Sanitation, dispensaries and jails vaccination Rajputana 1922-1927 - 1922-1927
Year: 1922
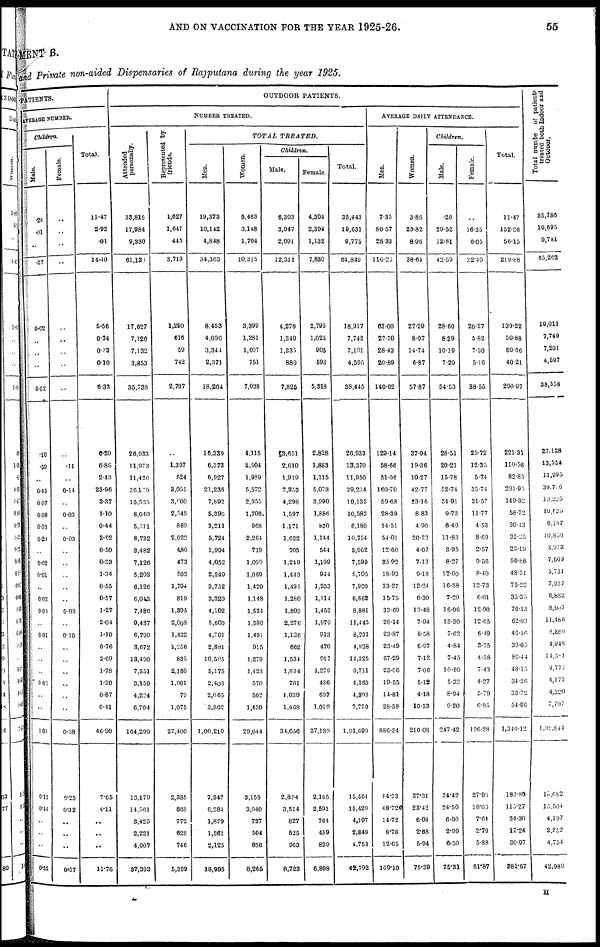
AND ON VACCINATION FOR THE YEAR 1925-26.
55
MENT B.
and private non-aided Dispensaries of Rajputana during the year 1925.
PATIENTS.
AVERAGE NUMBER.
Children.
Male
.26
.01
..
.27
0.02
..
..
..
0.02
.10
.59
..
0.45
0.07
0.08
0.03
0.24
..
0.02
0.01
..
0.03
0.01
..
0.01
..
..
..
0.03
..
..
1.01
0.11
0.44
..
..
..
0.55
Female.
..
..
..
..
..
..
..
..
..
..
.11
..
0.14
..
0.03
..
0.03
..
..
..
..
..
0.08
..
0.10
..
..
..
..
..
..
0.38
0.25
0.32
..
..
..
0.57
Total.
11.47
2.92
.01
14.40
5.56
0.34
0.33
0.10
6.33
6.20
6.86
2.43
23.96
3.37
1.10
0.44
2.62
0.50
0.33
1.34
0.55
0.57
1.27
2.04
1.10
0.76
2.69
1.78
1.20
0.87
0.41
46.90
7.65
4.11
..
..
..
11.76
OUTDOOR PATIENTS.
NUMBER TREATED.
Attended
personally.
33,816
17,984
9,330
61,130
17,627
7,126
7,132
3,853
35,738
26,033
11,973
11,420
30,179
15,535
8,040
5,311
8,732
3,482
7,120
5,203
6,126
6,043
7,486
9,437
6,799
3,672
13,490
7,551
3,159
4,224
6,704
164,299
13,179
14,561
3,425
2,221
4,007
37,393
Represented by
friends.
1,627
1,647
445
3,719
1,290
616
59
742
2,707
..
1,307
524
3,055
3,600
2,545
869
2,022
430
473
502
1,794
819
1,395
2,008
1,432
1,256
835
2,160
1,001
79
1,075
27,400
2,335
863
772
628
746
5,309
TOTAL
TREATED.
Men.
19,373
10,142
4,848
34,363
8,453
4,096
3,344
2,371
18,264
16,339
6,373
6,927
21,236
7,892
5,396
3,211
5,724
1,994
4,052
2,249
3,752
3,320
4,102
5,600
4,701
2,881
10,595
5,175
2,403
2,065
3,802
1,00,210
7,347
6,284
1,879
1,361
2,125
18,996
Women.
5,463
3,148
1,704
10,315
3,399
1,281
1,607
751
7,038
4,115
2,504
1,989
5,572
2,955
1,706
968
2,264
719
1,099
1,069
1,420
1,148
1,524
1,590
1,491
915
1,279
1,423
570
502
1,430
29,644
3,158
3,040
727
504
836
8,265
Children.
Male.
6,303
3,947
2,091
12,341
4,270
1,340
1,335
880
7,825
3,651
2,610
1,919
7,353
4,298
1,597
1,171
1,622
705
1,249
1,443
1,495
1,280
1,803
2,276
1,126
662
1,534
1,834
701
1,039
1,408
34,656
2,894
3,514
827
525
963
8,723
Female.
4,304
2,394
1,132
7,830
2,795
1,025
905
593
5,318
2,828
1,883
1,115
5,073
3,990
1,886
830
1,144
544
1,199
944
1,253
1,114
1,452
1,979
913
470
917
1,279
486
697
1,019
27,189
2,165
2,591
764
459
829
6,808
Total.
35,443
19,631
9,775
64,849
18,917
7,742
7,191
4,595
38,445
26,933
13,370
11,950
39,234
19,135
10,583
6,180
10,754
3,962
7,599
5,705
7,920
6,862
8,881
11,445
8,231
4,028
14,325
9,711
4,160
4,303
7,779
1,91,099
15,564
15,429
4,197
2,849
4,753
42,792
AVERAGE DAILY ATTENDANCE.
Men.
7.35
80.57
28 33
116.25
63.00
27.70
28.43
20.89
140.02
129.14
58.66
51.06
160.70
59.68
28.39
14.51
54.01
12.60
25.92
18.93
33.37
15.75
33.09
28.14
23.87
23.49
67.29
23.06
19.55
14.81
28.58
686.34
84.23
48.72
14.72
8.78
12.65
169.10
Women.
3.86
25.82
8.96
38.64
27.29
8.97
14.74
6.87
57.87
37.94
19.36
10.27
42.77
23.16
8.83
4.90
20.72
4.07
7.13
9.18
12.24
6.30
13.48
7.94
8.58
6.97
7.12
7.06
5.12
4.18
10.33
210.08
37.31
23.42
6.04
2.68
5.94
75.39
Children.
Male.
.26
29.52
12.81
42.59
28.66
8.39
10.19
7.29
54.53
28.51
20.21
15.78
52.74
34.91
9.73
6.49
11.83
3.95
8.27
12.00
16.88
7.29
16.06
13.30
7.62
4.84
7.45
10.60
5.32
8.94
9.20
247.42
34.42
24.50
6.90
2.99
6.50
75.31
Female.
..
16.35
6.05
22.40
20.27
5.82
7.30
5.16
38.55
25.72
12.35
5.74
35.74
31.57
11.77
4.53
8.09
2.57
9.56
8.40
12.73
6.01
12.90
12.65
6.49
3.75
4.58
7.43
4.27
5.79
6.85
190.28
27.93
18.63
7.04
2.79
5.88
61.87
Total.
11.47
152.26
56.15
219.88
139.22
50.88
60.66
40.21
290.97
221.31
110.58
82.85
291.95
149.32
58.72
30.43
95.25
23.19
50.88
48.51
75.22
35.35
76.13
62.03
46.56
39.05
86.44
48.15
34.26
33.72
54.96
1,340.12
183.30
113.27
34.30
17.24
30.97
381.67
Total number of patient
treated both Indoor and
Outdoor.
35,786
19,695
9,781
65,262
19,011
7,749
7,201
4,597
38,558
27,128
13,554
11,995
39,706
19,225
10,635
6,197
10,850
3,973
7,609
5,731
7,937
6,882
8,907
11,486
3,860
4,948
14,381
9,773
4,177
4,320
7,797
1,99,844
15,682
15,504
4,197
2,852
4,754
42,989
H